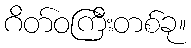
ဂိတ်ဝကြီးတစ်ခု။